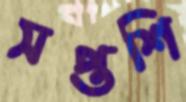
সপ্তশি